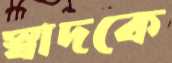
স্বাদকে